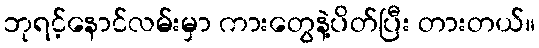
ဘုရင့်နောင်လမ်းမှာ ကားတွေနဲ့ပိတ်ပြီး တားတယ်။